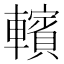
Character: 𰹩